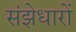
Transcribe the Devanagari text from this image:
संझेधारों